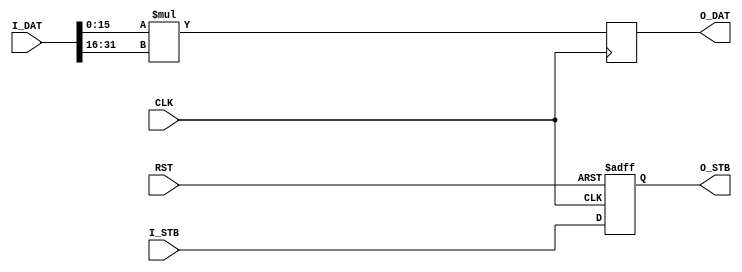
/*
* Copyright 2018-2022 F4PGA Authors
*
* Licensed under the Apache License, Version 2.0 (the "License");
* you may not use this file except in compliance with the License.
* You may obtain a copy of the License at
*
*     http://www.apache.org/licenses/LICENSE-2.0
*
* Unless required by applicable law or agreed to in writing, software
* distributed under the License is distributed on an "AS IS" BASIS,
* WITHOUT WARRANTIES OR CONDITIONS OF ANY KIND, either express or implied.
* See the License for the specific language governing permissions and
* limitations under the License.
*
* SPDX-License-Identifier: Apache-2.0
*/

module processing_unit
(
// Closk & reset
input  wire CLK,
input  wire RST,

// Data input
input  wire         I_STB,
input  wire [31:0]  I_DAT,

// Data output
output wire         O_STB,
output wire [31:0]  O_DAT
);

// ============================================================================

wire [15:0] i_dat_a = I_DAT[15: 0];
wire [15:0] i_dat_b = I_DAT[31:16];

reg         o_stb;
reg  [31:0] o_dat;

always @(posedge CLK)
    o_dat <= i_dat_a * i_dat_b;

always @(posedge CLK or posedge RST)
    if (RST) o_stb <= 1'd0;
    else     o_stb <= I_STB;

assign O_STB = o_stb;
assign O_DAT = o_dat;

// ============================================================================

endmodule